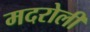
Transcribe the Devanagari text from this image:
मदरोली